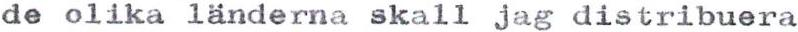
de olika länderna skall jag distribuera